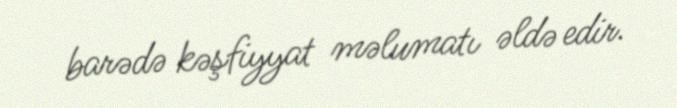
barədə kəşfiyyat məlumatı əldə edir.